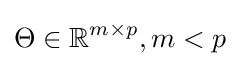
\Theta \in \mathbb {R} ^{m\times p},m<p